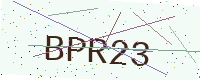
Text: BPR23